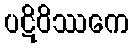
ပဋိဝိဿကေ